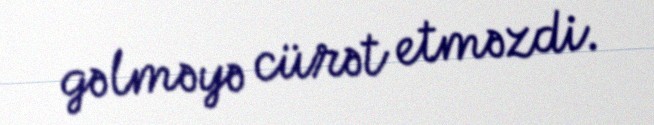
gəlməyə cürət etməzdi.